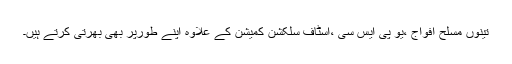
تینوں مسلح افواج ،یو پی ایس سی ،اسٹاف سلکشن کمیشن کے علاوہ اپنے طورپر بھی بھرتی کرتے ہیں۔